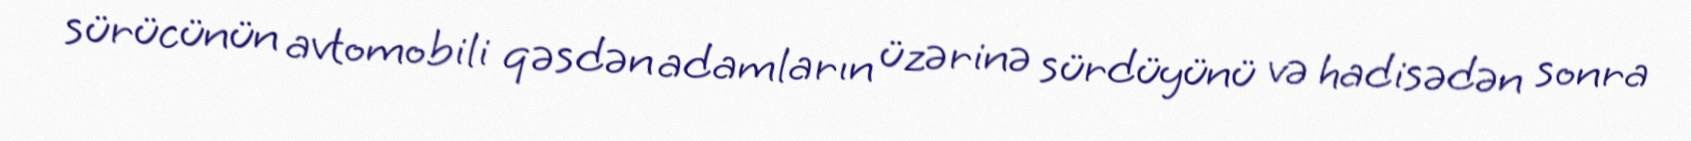
sürücünün avtomobili qəsdən adamların üzərinə sürdüyünü və hadisədən sonra